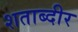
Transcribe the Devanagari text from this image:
शताब्दीर